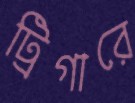
ট্রিগারে